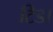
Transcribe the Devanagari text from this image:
टिडा